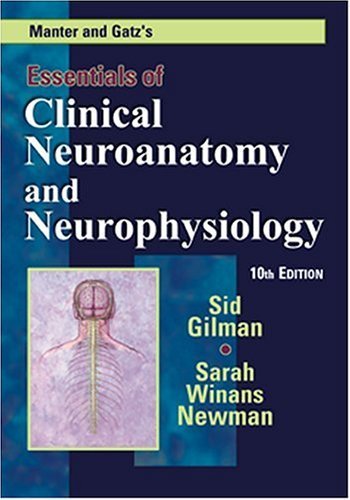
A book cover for Manter and Gatz's Essentials of Clinical Neuroanatomy and Neurophysiology, 10th Edition 10th (tenth) by Sid Gilman, Sarah Winans Newman (2002) Paperback; Medical Books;